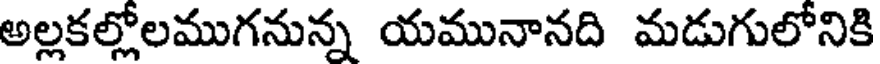
అల్లకల్లోలముగనున్న యమునానది మడుగులోనికి